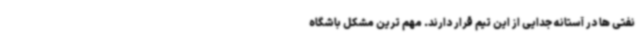
نفتی ها در آستانه جدایی از این تیم قرار دارند. مهم ترین مشکل باشگاه